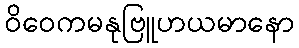
ဝိဝေကမနုဗြူဟယမာနော